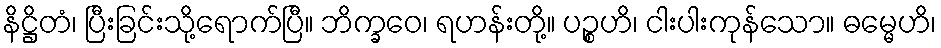
နိဋ္ဌိတံ၊ ပြီးခြင်းသို့ရောက်ပြီ။ ဘိက္ခဝေ၊ ရဟန်းတို့။ ပဉ္စဟိ၊ ငါးပါးကုန်သော။ ဓမ္မေဟိ၊